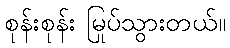
စုန်းစုန်း မြုပ်သွားတယ်။